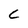
Character: C